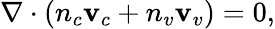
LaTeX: \nabla\cdot\left(n_{c}\mathbf{v}_{c}+n_{v}\mathbf{v}_{v}\right)=0,